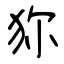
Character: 狝